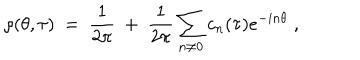
\rho ( \theta , \tau ) ~ = ~ \frac { 1 } { 2 \pi } ~ + ~ \frac { 1 } { 2 \pi } \sum _ { n \neq 0 } c _ { n } ( \tau ) e ^ { - i n \theta } \; ,